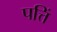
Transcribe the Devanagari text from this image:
पत्तिं